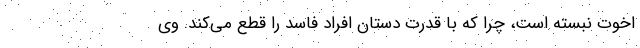
اخوت نبسته است، چرا که با قدرت دستان افراد فاسد را قطع می‌کند. وی